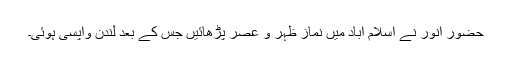
حضورِ انور نے اسلام آباد میں نمازِ ظہر و عصر پڑھائیں جس کے بعد لندن واپسی ہوئی۔